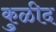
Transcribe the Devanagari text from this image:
कुळीद